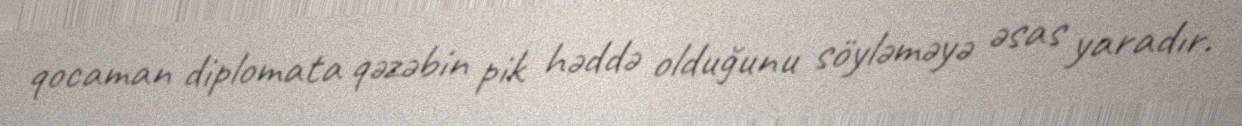
qocaman diplomata qəzəbin pik həddə olduğunu söyləməyə əsas yaradır.